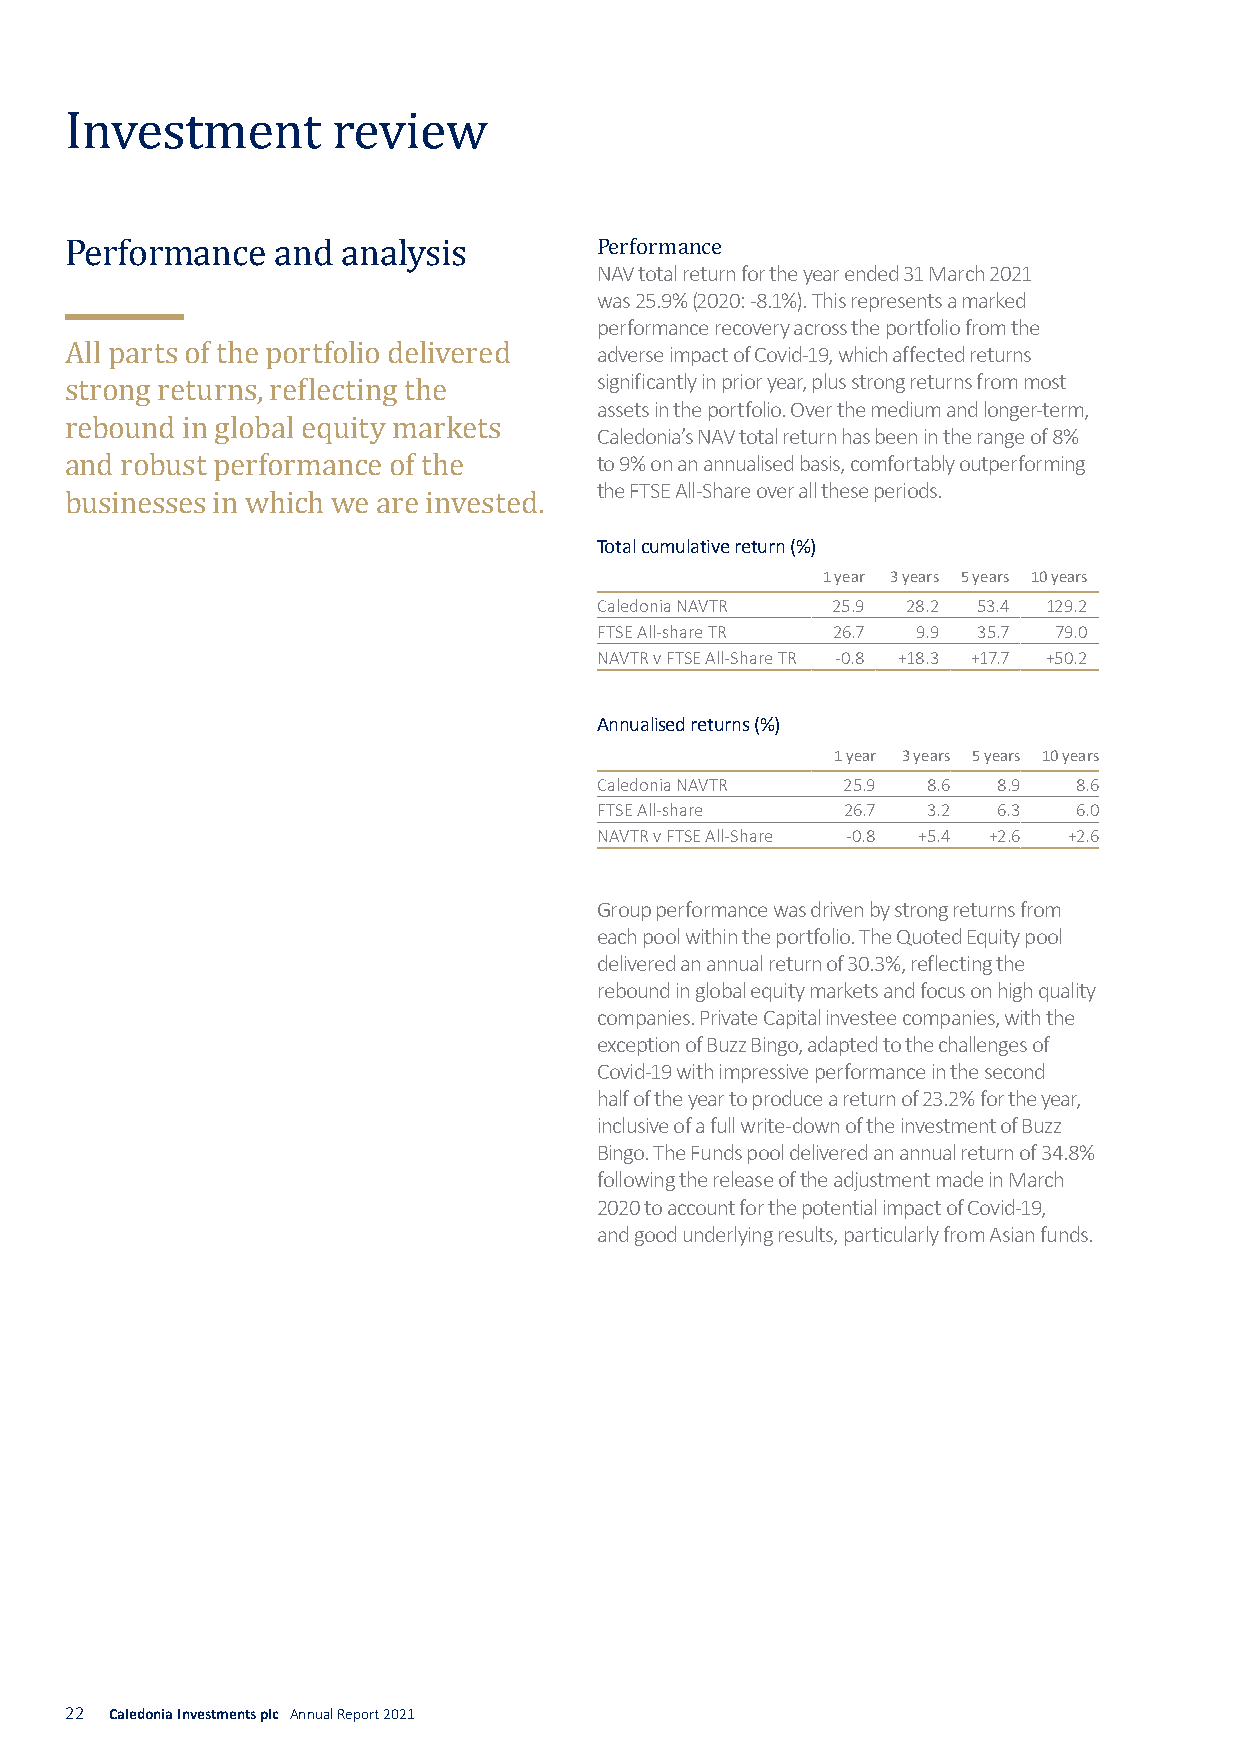
Investment        review
 NAV total return for the year ended 31 March 2021
 Pwearsf 2o5r.m9%an (2c0e20: -8.1%). This represents a marked
 Performance   and  analysis        performance recovery across the portfolio from the
 adverse impact of Covid-19, which affected returns
 significantly in prior year, plus strong returns from most
 assets in the portfolio. Over the medium and longer-term,
 All parts of the portfolio delivered
 Caledonia’s NAV total return has been in the range of 8%
 strong returns, reflecting the     to 9% on an annualised basis, comfortably outperforming
 rebound in global equity markets   the FTSE All-Share over all these periods.
 and robust performance of the
 Total cumulative return (%)
 businesses in which we are invested.
 1 year 3 years 5 years 10 years
 Caledonia NAVTR 25.9 28.2 53.4 129.2
 FTSE All-share TR 26.7 9.9 35.7 79.0
 NAVTR v FTSE All-Share TR -0.8 +18.3 +17.7 +50.2
 Annualised returns (%)
 1 year 3 years 5 years 10 years
 Caledonia NAVTR  25.9 8.6  8.9  8.6
 FTSE All-share   26.7 3.2  6.3  6.0
 NAVTR v FTSE All-Share -0.8 +5.4 +2.6 +2.6
 Group performance was driven by strong returns from
 each pool within the portfolio. The Quoted Equity pool
 delivered an annual return of 30.3%, reflecting the
 rebound in global equity markets and focus on high quality
 companies. Private Capital investee companies, with the
 exception of Buzz Bingo, adapted to the challenges of
 Covid-19 with impressive performance in the second
 half of the year to produce a return of 23.2% for the year,
 inclusive of a full write-down of the investment of Buzz
 Bingo. The Funds pool delivered an annual return of 34.8%
 following the release of the adjustment made in March
 2020 to account for the potential impact of Covid-19,
 and good underlying results, particularly from Asian funds.
 22 Caledonia Investments plc Annual Report 2021